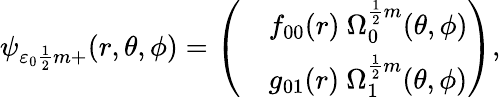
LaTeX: \psi_{\varepsilon_{0}{\frac{1}{2}}m+}(r,\theta,\phi)=\left(\begin{array}{ll}{{}}&{{f_{00}(r)\ \Omega_{0}^{{\frac{1}{2}}m}(\theta,\phi)}}\\ {{}}&{{g_{01}(r)\ \Omega_{1}^{{\frac{1}{2}}m}(\theta,\phi)}}\end{array}\right),